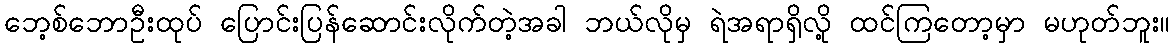
ဘေ့စ်ဘောဦးထုပ် ပြောင်းပြန်ဆောင်းလိုက်တဲ့အခါ ဘယ်လိုမှ ရဲအရာရှိလို့ ထင်ကြတော့မှာ မဟုတ်ဘူး။